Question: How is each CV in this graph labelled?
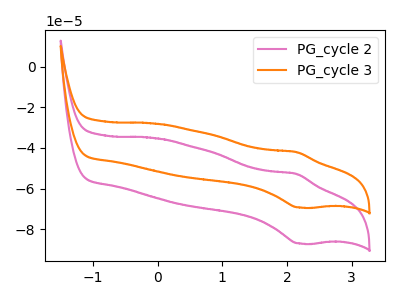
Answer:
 <answer>The pink curve is labeled "PG_cycle 2". The orange curve is labeled "PG_cycle 3".</answer>
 <eval></eval>